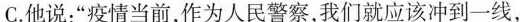
C.他说：”疫情当前，作为人民警察，我们就应该冲到一线，